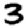
Digit: 3